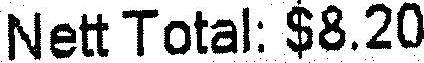
NETT TOTAL: $8.20